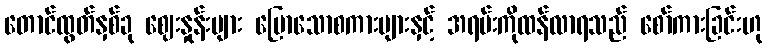
တောင်ထွတ်နှစ်ခု ဈေးနှုန်းများ ပြောသောစကားများနှင့် အရမ်းကိုထန်လာရသည် စော်ကားခြင်းဟု